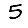
Digit: 5